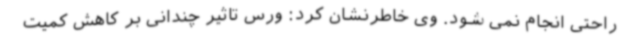
راحتی انجام نمی شود. وی خاطرنشان کرد: ورس تاثیر چندانی بر کاهش کمیت